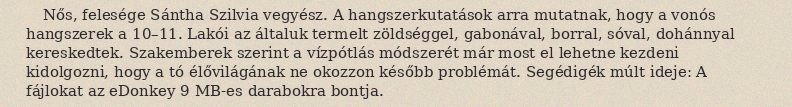
Nős, felesége Sántha Szilvia vegyész. A hangszerkutatások arra mutatnak, hogy a vonós hangszerek a 10–11. Lakói az általuk termelt zöldséggel, gabonával, borral, sóval, dohánnyal kereskedtek. Szakemberek szerint a vízpótlás módszerét már most el lehetne kezdeni kidolgozni, hogy a tó élővilágának ne okozzon később problémát. Segédigék múlt ideje: A fájlokat az eDonkey 9 MB-es darabokra bontja.